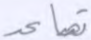
تصاعد